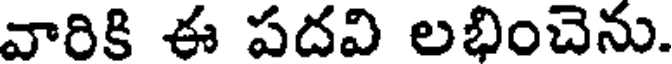
వారికి ఈ పదవి లభించెను.